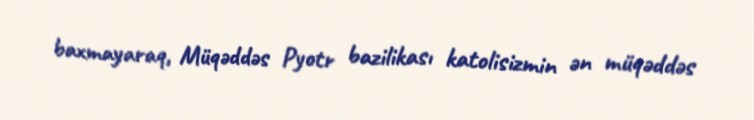
baxmayaraq, Müqəddəs Pyotr bazilikası katolisizmin ən müqəddəs